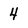
Character: 4